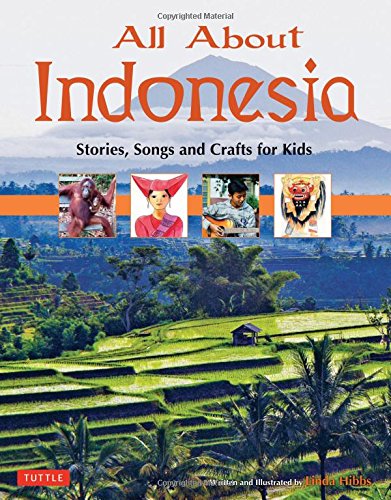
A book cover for All About Indonesia: Stories, Songs and Crafts for Kids; Linda Hibbs; Children's Books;